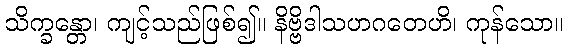
သိက္ခန္တော၊ ကျင့်သည်ဖြစ်၍။ နိဗ္ဗိဒါသဟဂတေဟိ၊ ကုန်သော။